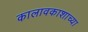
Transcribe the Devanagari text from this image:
कालावकाशाच्या